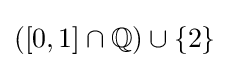
([0,1]\cap \mathbb {Q} )\cup \{2\}